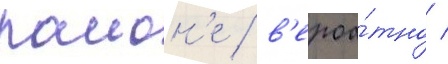
раион'е / в'ероа́тно /